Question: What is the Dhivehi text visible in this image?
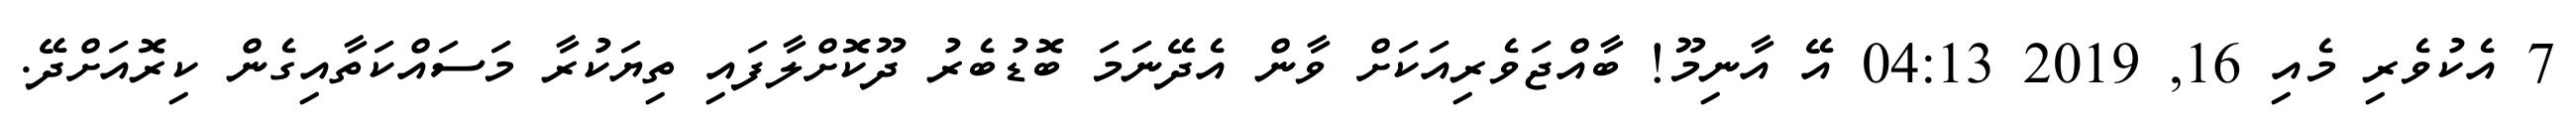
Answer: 7 އެކުވެރި މެއި 16, 2019 04:13 އޭ އާނިމޫ! ބާއްޖަވެރިއަކަށް ވާން އެދޭނަމަ ބޮޑުބެރު ދޫކޮށްލާފައި ތިޔަކުރާ މަސައްކަތާއިގެން ކިރޮއަށްދޭ.